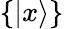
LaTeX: \{ \left\vert x\right\rangle\}